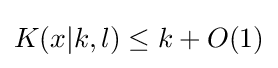
K(x|k,l)\leq k+O(1)